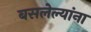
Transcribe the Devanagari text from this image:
बसलेल्यांना